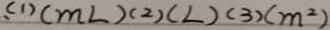
, ( 1 ) ( m L ) ( 2 ) ( L ) ( 3 ) ( m ^ { 2 } )